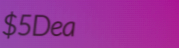
$5Deal